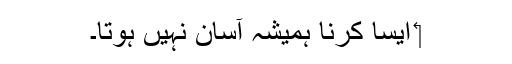
‏ ایسا کرنا ہمیشہ آسان نہیں ہوتا۔